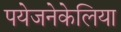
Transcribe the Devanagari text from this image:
पयेजनेकेलिया